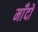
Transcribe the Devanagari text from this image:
माँदों